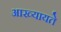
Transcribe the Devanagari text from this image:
आख्यायते